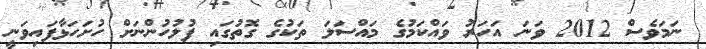
ނަމަވެސް 2012 ވަނަ އަހަރު ވައްކަމުގެ މައްސަލަ ތަކުގެ ގޮތުގައި ފުލުހުންނަށް ހުށަހަޅާފައިވަނީ